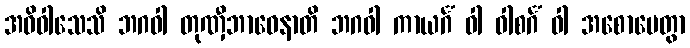
အဓိဝါသေသိ ဘဂဝါ တုဏှီဘာဝေနာတိ ဘဂဝါ ကာယင်္ဂံ ဝါ ဝါစင်္ဂံ ဝါ အစောပေတွာ